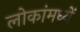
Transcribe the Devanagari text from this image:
लोकांमध्यें